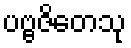
ပဗ္ဗဇိတေသု